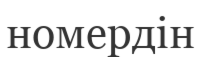
номердін